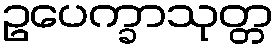
ဥပေက္ခာသုတ္တ